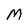
Character: M